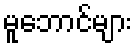
မူဘောင်များ